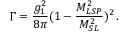
\Gamma = \frac { g _ { 1 } ^ { 2 } } { 8 \pi } ( 1 - \frac { M _ { L S P } ^ { 2 } } { M _ { S L } ^ { 2 } } ) ^ { 2 } \, .